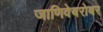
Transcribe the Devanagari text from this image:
जाणिवेबरोबर